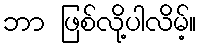
ဘာ ဖြစ်လို့ပါလိမ့်။